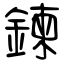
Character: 鍊